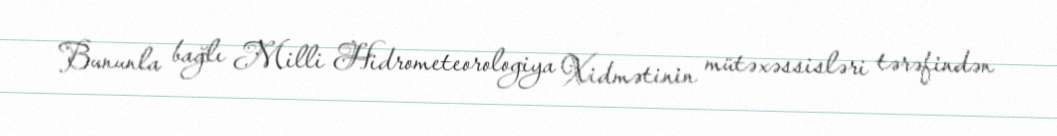
Bununla bağlı Milli Hidrometeorologiya Xidmətinin mütəxəssisləri tərəfindən